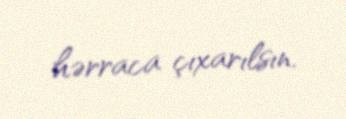
hərraca çıxarılsın.